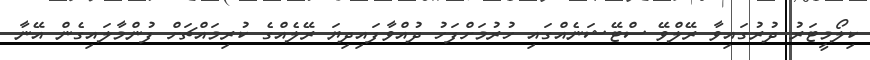
ކިލޯމީޓަރު ދުރުގައިވާ ރޭލްވޭ ސްޓޭޝަނެއްގައި ހުރުމަށްފަހު ދުއްވާފައިދިޔަ ރޭލެއްގެ ކުރިމައްޗަށް ފުންމާލައިގެން އޭނާ